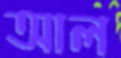
আল